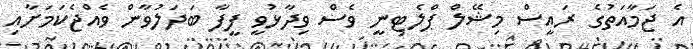
އެ ޖަމާއަތުގެ ރައީސް މިޝޭލް ޕްލެޓިނީ ވެސް ވިދާޅުވީ ފީފާ ބަދަލުވާން ވެއްޖެކަމަށާއި